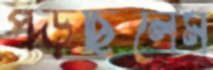
পড়ছিলেম